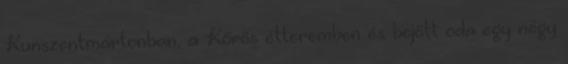
Kunszentmártonban, a Kőrös étteremben és bejött oda egy négy